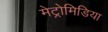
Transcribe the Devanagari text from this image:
मेट्रोमिडिया